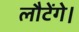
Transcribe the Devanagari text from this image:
लौटेंगे।